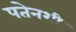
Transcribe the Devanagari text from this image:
पतेनशी